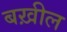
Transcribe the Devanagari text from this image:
बख़ील